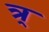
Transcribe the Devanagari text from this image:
त्र्